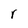
Character: r